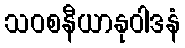
သဝစနီယာနုဝါဒနံ